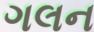
ગલન